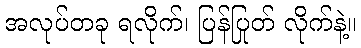
အလုပ်တခု ရလိုက်၊ ပြန်ပြုတ် လိုက်နဲ့။